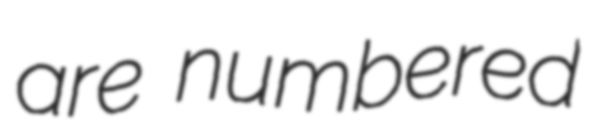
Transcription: are numbered